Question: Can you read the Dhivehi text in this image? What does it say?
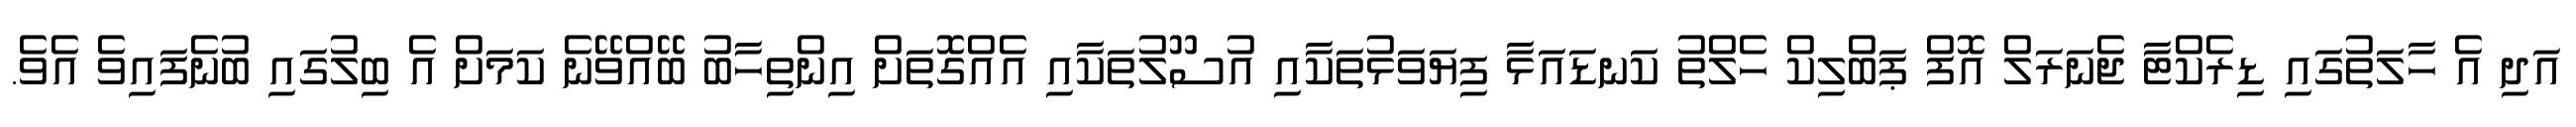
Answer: އަދި އެ ހާލަތުގައި ޑިރެކްޓާ ޖެނަރަލް އޮފް ޕަބްލިކް ހެލްތު ކަނޑައަޅާ ފިޔަވަޅުތަކާއި އުސޫލުތަކާއި އެއްގޮތަށް އިންތިހާބު ބޭއްވޭނެ ކަމަށް އެ ބިލުގައި ބުނެފައިވެ އެވެ.